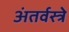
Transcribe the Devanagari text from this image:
अंतर्वस्त्रे